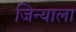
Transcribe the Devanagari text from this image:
जिन्याला